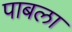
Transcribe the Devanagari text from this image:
पाबला